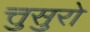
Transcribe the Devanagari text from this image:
त्तुसुरो